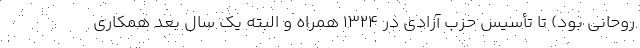
روحانی بود) تا تأسیس حزب آزادی در 1324 همراه و البته یک سال بعد همکاری